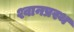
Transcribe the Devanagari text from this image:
श्वानप्रस्थ